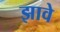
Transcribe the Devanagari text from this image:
झावे